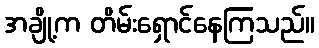
အချို့က တိမ်းရှောင်နေကြသည်။